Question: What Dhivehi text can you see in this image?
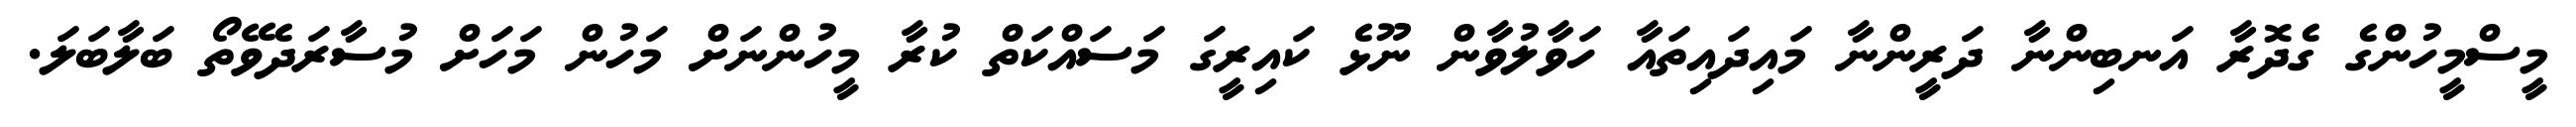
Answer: މީސްމީހުންގެ ގެދޮރާ އަނބިންނާ ދަރީންނާ މައިދައިތައާ ހަވާލުވާން ނޫޅެ ކައިރީގަ މަސައްކަތް ކުރާ މީހުންނަށް މަހުން މަހަށް މުސާރަދެވޭތޯ ބަލާބަލަ.